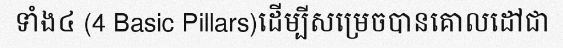
ទាំង៤ (4 Basic Pillars)ដើម្បីសម្រេចបានគោលដៅជា